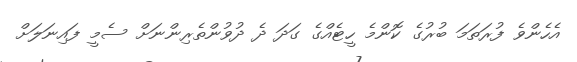
އެހެންވެ ފުރަތަމަ ބުރުގެ ކޮންމެ ހީޓެއްގެ ގަދަ ދެ ދުވުންތެރިންނަށް ސެމީ ފައިނަލަށް